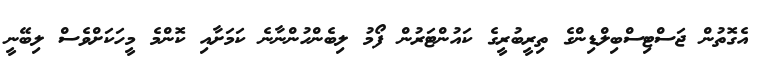
އެގޮތުން ޖަސްޓިސްބިލްޑިންގެ ތިރީބުރީގެ ކައުންޓަރުން ފޯމު ލިބެންހުންނާނެ ކަމަށާއި ކޮންމެ މީހަކަށްވެސް ލިބޭނީ